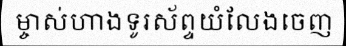
ម្ចាស់ហាងទូរស័ព្ទយំលែងចេញ